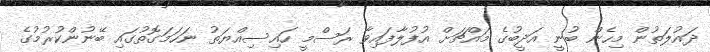
ދައުލަތުން މިހެން ބުނީ އަދީބުގެ މައްޗަށް އުފުލާފައިވާ ރަސްމީ ހައިސިއްޔަތު ނަހަމަގޮތުގައި ބޭނުންކުރުމުގެ